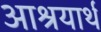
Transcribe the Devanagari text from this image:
आश्रयार्थ